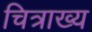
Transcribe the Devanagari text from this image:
चित्राख्य